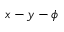
x - y - \phi